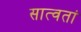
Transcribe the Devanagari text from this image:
सात्वतां